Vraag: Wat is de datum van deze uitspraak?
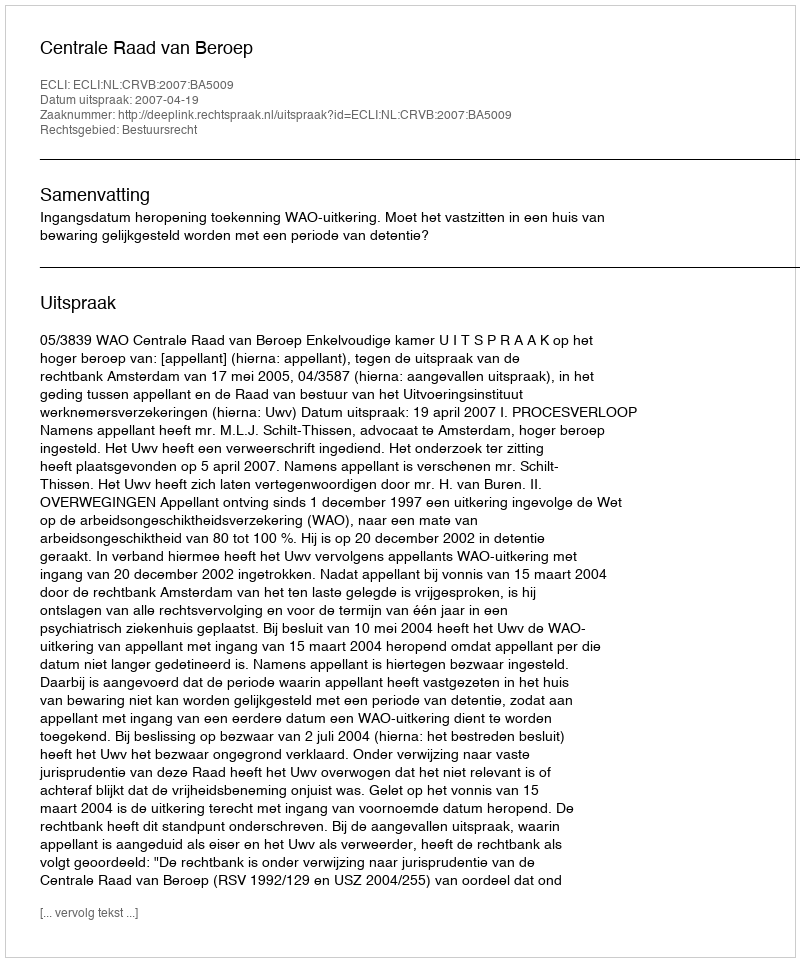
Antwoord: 2007-04-19